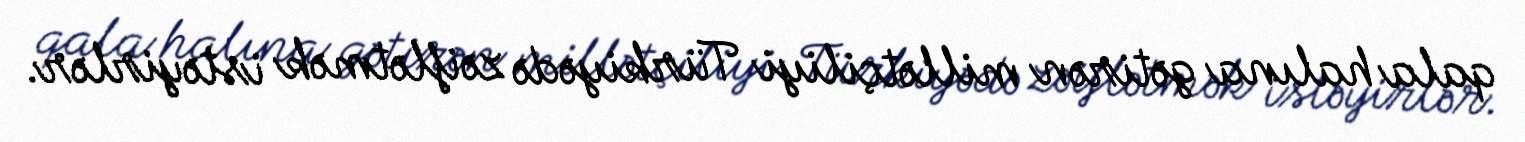
qala halına gətirən millətçiliyi Türkiyədə zəiflətmək istəyirlər.